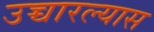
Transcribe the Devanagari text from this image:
उच्चारल्यास